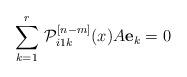
LaTeX: \begin{align*}\sum\limits_{k=1}^r\,{\cal P}_{i1k}^{[n-m]}(x)A{\bf e}_k=0\end{align*}